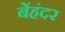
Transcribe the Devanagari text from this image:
बेंहंदर